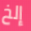
إلخ